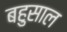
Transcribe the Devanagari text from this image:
बहुसाल